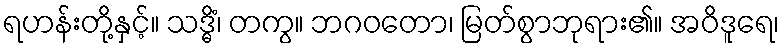
ရဟန်းတို့နှင့်။ သဒ္ဓိံ၊ တကွ။ ဘဂဝတော၊ မြတ်စွာဘုရား၏။ အဝိဒူရေ၊